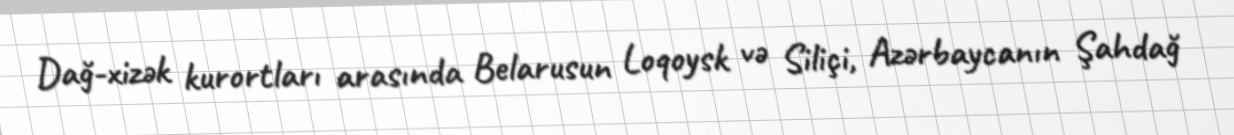
Dağ-xizək kurortları arasında Belarusun Loqoysk və Siliçi, Azərbaycanın Şahdağ